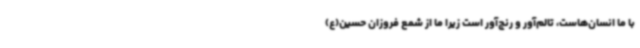
با ما انسان‌هاست، تالم‌آور و رنج‌آور است زیرا ما از شمع فروزان حسین(ع)